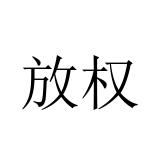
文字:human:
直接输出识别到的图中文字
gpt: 放权